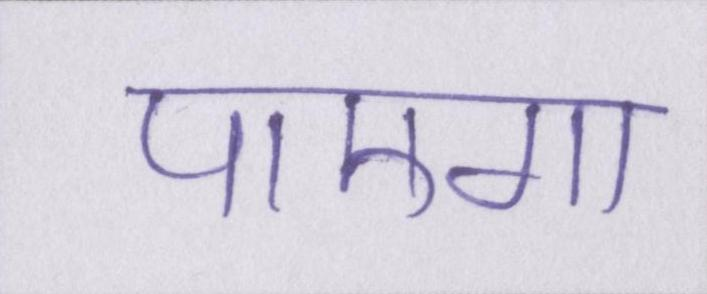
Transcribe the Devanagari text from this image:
पाएगा